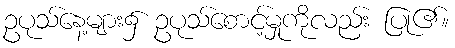
ဥပုသ်နေ့များ၌ ဥပုသ်စောင့်မှုကိုလည်း ပြု၏။